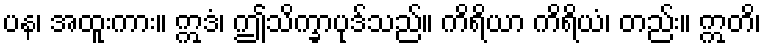
ပန၊ အထူးကား။ ဣဒံ၊ ဤသိက္ခာပုဒ်သည်။ ကိရိယာ ကိရိယံ၊ တည်း။ ဣတိ၊